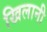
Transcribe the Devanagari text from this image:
खिलानी